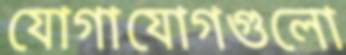
যোগাযোগগুলো